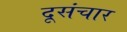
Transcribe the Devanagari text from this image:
दूसंचार